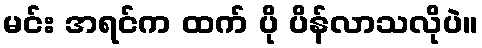
မင်း အရင်က ထက် ပို ပိန်လာသလိုပဲ။